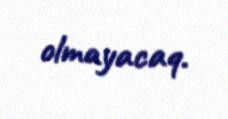
olmayacaq.